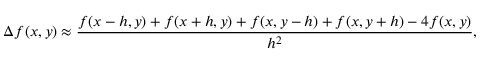
\Delta f ( x , y ) \approx { \frac { f ( x - h , y ) + f ( x + h , y ) + f ( x , y - h ) + f ( x , y + h ) - 4 f ( x , y ) } { h ^ { 2 } } } ,